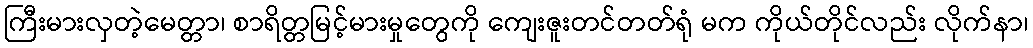
ကြီးမားလှတဲ့မေတ္တာ၊ စာရိတ္တမြင့်မားမှုတွေကို ကျေးဇူးတင်တတ်ရုံ မက ကိုယ်တိုင်လည်း လိုက်နာ၊